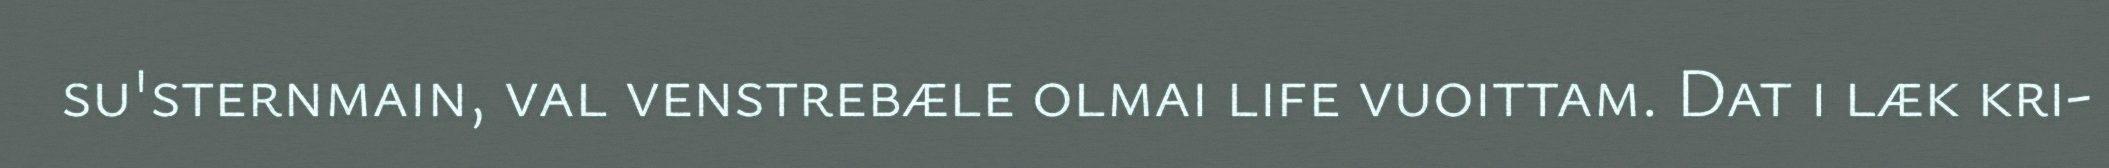
su'sternmain, val venstrebæle olmai life vuoittam. Dat i læk kri-